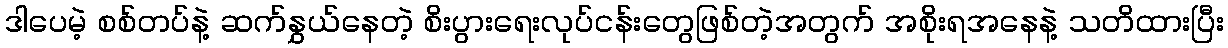
ဒါပေမဲ့ စစ်တပ်နဲ့ ဆက်နွှယ်နေတဲ့ စိးပွားရေးလုပ်ငန်းတွေဖြစ်တဲ့အတွက် အစိုးရအနေနဲ့ သတိထားပြီး